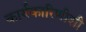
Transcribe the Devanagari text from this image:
कार्यकारिणीशी